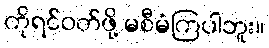
ကိုရင်ဝတ်ဖို့ မစီမံကြပါဘူး။